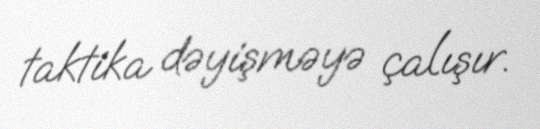
taktika dəyişməyə çalışır.